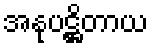
အနုပဋ္ဌိတာယ